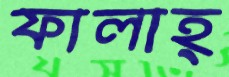
ফালাহ্